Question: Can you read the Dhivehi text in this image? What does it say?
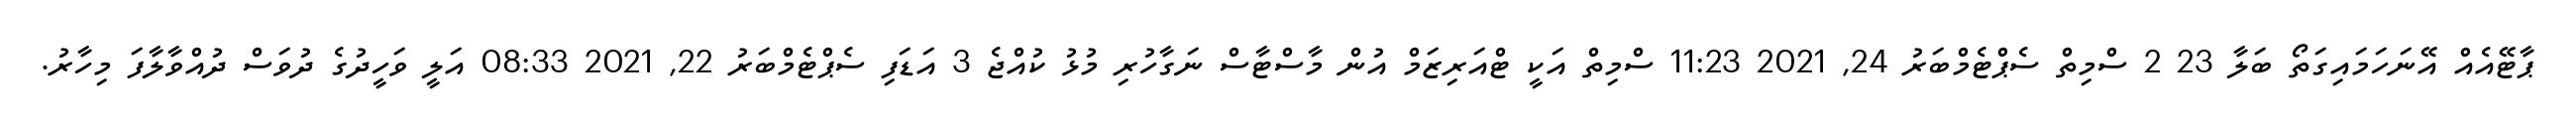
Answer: ޕާޓޭއެއް އޭނަހަމައިގަތޯ ބަލާ 23 2 ސްމިތް ސެޕްޓެމްބަރު 24, 2021 11:23 ސްމިތް އަކީ ޓްއަރިޒަމް އުން މާސްޓާސް ނަގާހުރި މުޅު ކުއްޖެ 3 އަޑަފި ސެޕްޓެމްބަރު 22, 2021 08:33 އަލީ ވަހީދުގެ ދުވަސް ދުއްވާލާފަ މިހާރު.